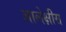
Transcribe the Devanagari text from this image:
आलेक्षीस